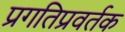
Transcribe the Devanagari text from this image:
प्रगतिप्रवर्तक